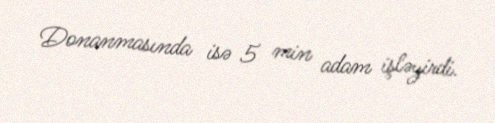
Donanmasında isə 5 min adam işləyirdi.